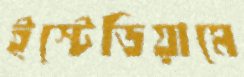
ইস্টেডিয়ামে